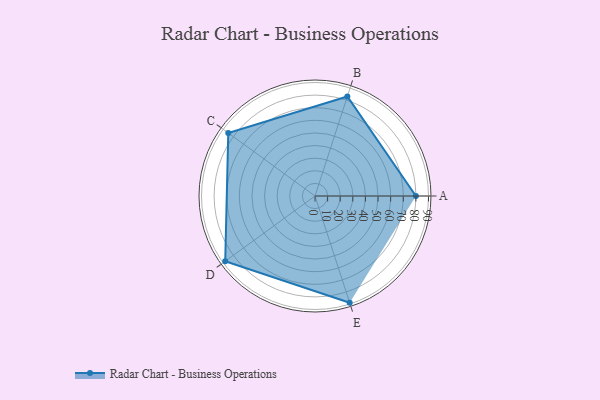
{"axis": {"x": "Skill", "y": "Score"}, "legend": ["Profile"], "data": [{"x": "A", "y": 80.0, "type": "Profile"}, {"x": "B", "y": 83.0, "type": "Profile"}, {"x": "C", "y": 85.0, "type": "Profile"}, {"x": "D", "y": 88.0, "type": "Profile"}, {"x": "E", "y": 89.0, "type": "Profile"}]}